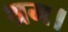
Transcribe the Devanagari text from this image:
श्रम।